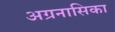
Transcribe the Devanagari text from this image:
अग्रनासिका